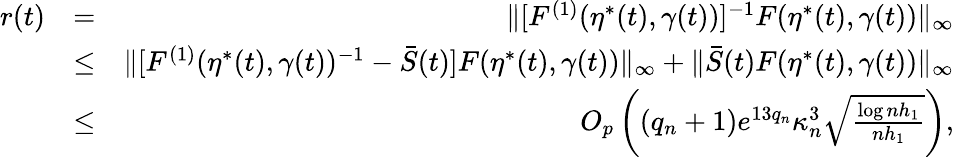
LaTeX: \begin{array}{rlr}{r(t)}&{=}&{\| [F^{(1)}(\eta^{*}(t),\gamma(t))]^{-1}F(\eta^{*}(t),\gamma(t))\| _{\infty}}\\ &{\le}&{\| [F^{(1)}(\eta^{*}(t),\gamma(t))^{-1}-\bar{S}(t)]F(\eta^{*}(t),\gamma(t))\| _{\infty}+\| \bar{S}(t)F(\eta^{*}(t),\gamma(t))\| _{\infty}}\\ &{\le}&{O_{p}\left((q_{n}+1)e^{13q_{n}}\kappa_{n}^{3}\sqrt{\frac{\log nh_{1}}{nh_{1}}}\right),}\end{array}